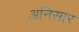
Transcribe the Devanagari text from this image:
अनिसार